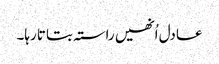
عادل اُنھیں راستہ بتاتا رہا۔